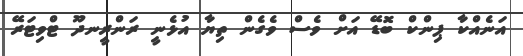
އަނެއްކާ ޕިންކް ބޮޑޭ އަށް ވެސް ވެގެން ތިޔާ އުޅެނީ ރަންރީނދޫ ޓްވިޓަރޭ